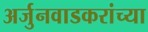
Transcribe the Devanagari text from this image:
अर्जुनवाडकरांच्या